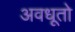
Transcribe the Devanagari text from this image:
अवधूतो